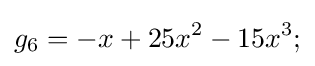
g_{6}=-x+25x^{2}-15x^{3};